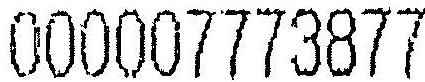
000007773877